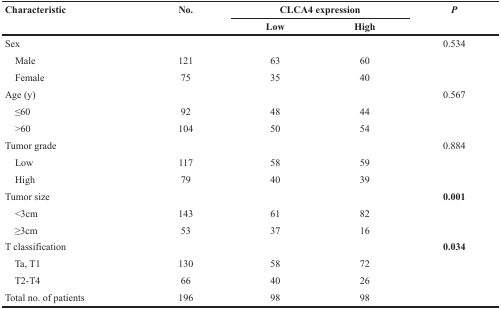
| Characteristic | No. | <COLSPAN=2> CLCA4 expression | P |
 |  |  | Low | High |  |
 | --- | --- | --- | --- | --- |
 | Sex |  |  |  | 0.534 |
 | Male | 121 | 63 | 60 |  |
 | Female | 75 | 35 | 40 |  |
 | Age (y) |  |  |  | 0.567 |
 | ≤60 | 92 | 48 | 44 |  |
 | >60 | 104 | 50 | 54 |  |
 | Tumor grade |  |  |  | 0.884 |
 | Low | 117 | 58 | 59 |  |
 | High | 79 | 40 | 39 |  |
 | Tumor size |  |  |  | 0.001 |
 | <3cm | 143 | 61 | 82 |  |
 | ≥3cm | 53 | 37 | 16 |  |
 | T classification |  |  |  | 0.034 |
 | Ta, T1 | 130 | 58 | 72 |  |
 | T2-T4 | 66 | 40 | 26 |  |
 | Total no. of patients | 196 | 98 | 98 |  |